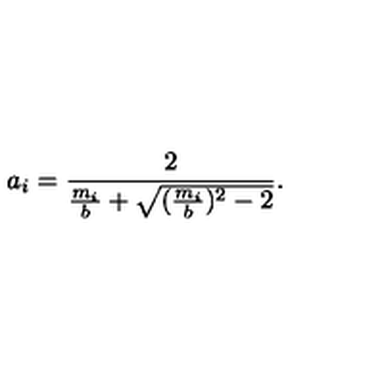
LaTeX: a _ { i } = \frac { 2 } { \frac { m _ { i } } { b } + \sqrt { ( \frac { m _ { i } } { b } ) ^ { 2 } - 2 } } .